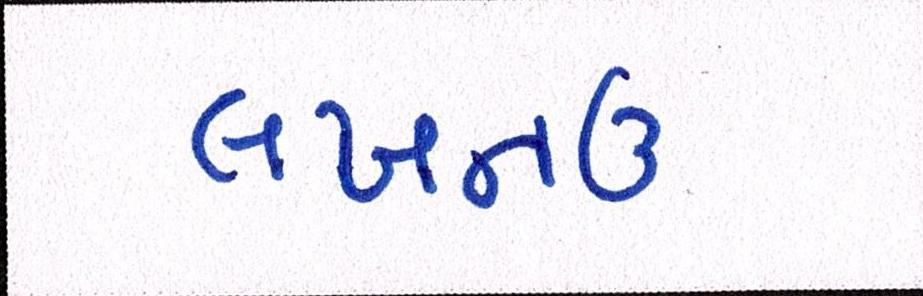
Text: લખનઉ